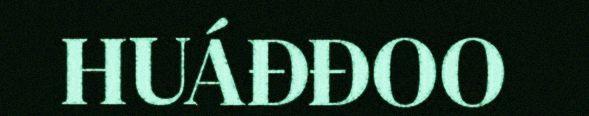
HUÁĐĐOO